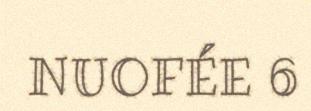
NUOFÉE 6